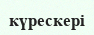
күрескері